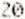
20